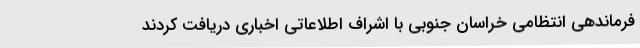
فرماندهی انتظامی خراسان جنوبی با اشراف اطلاعاتی اخباری دریافت کردند